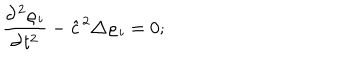
\frac { \partial ^ { 2 } \varrho _ { i } } { \partial t ^ { 2 } } - { \hat { c } } ^ { 2 } \triangle \varrho _ { i } = 0 ;